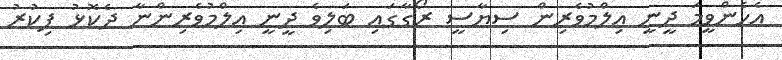
އެހެންވީމަ ދީނީ އިލްމުވެރިން ސިޔާސީ ރޯގާގައި ބަލިވެ ދީނީ އިލްމުވެރިންނާ ދެކޮޅު ފިކުރު